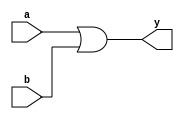
module four_bit_or_array (
    input [3:0] a, b, 
    output [3:0] y    
);

assign y = a | b;

endmodule